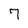
Character: 7